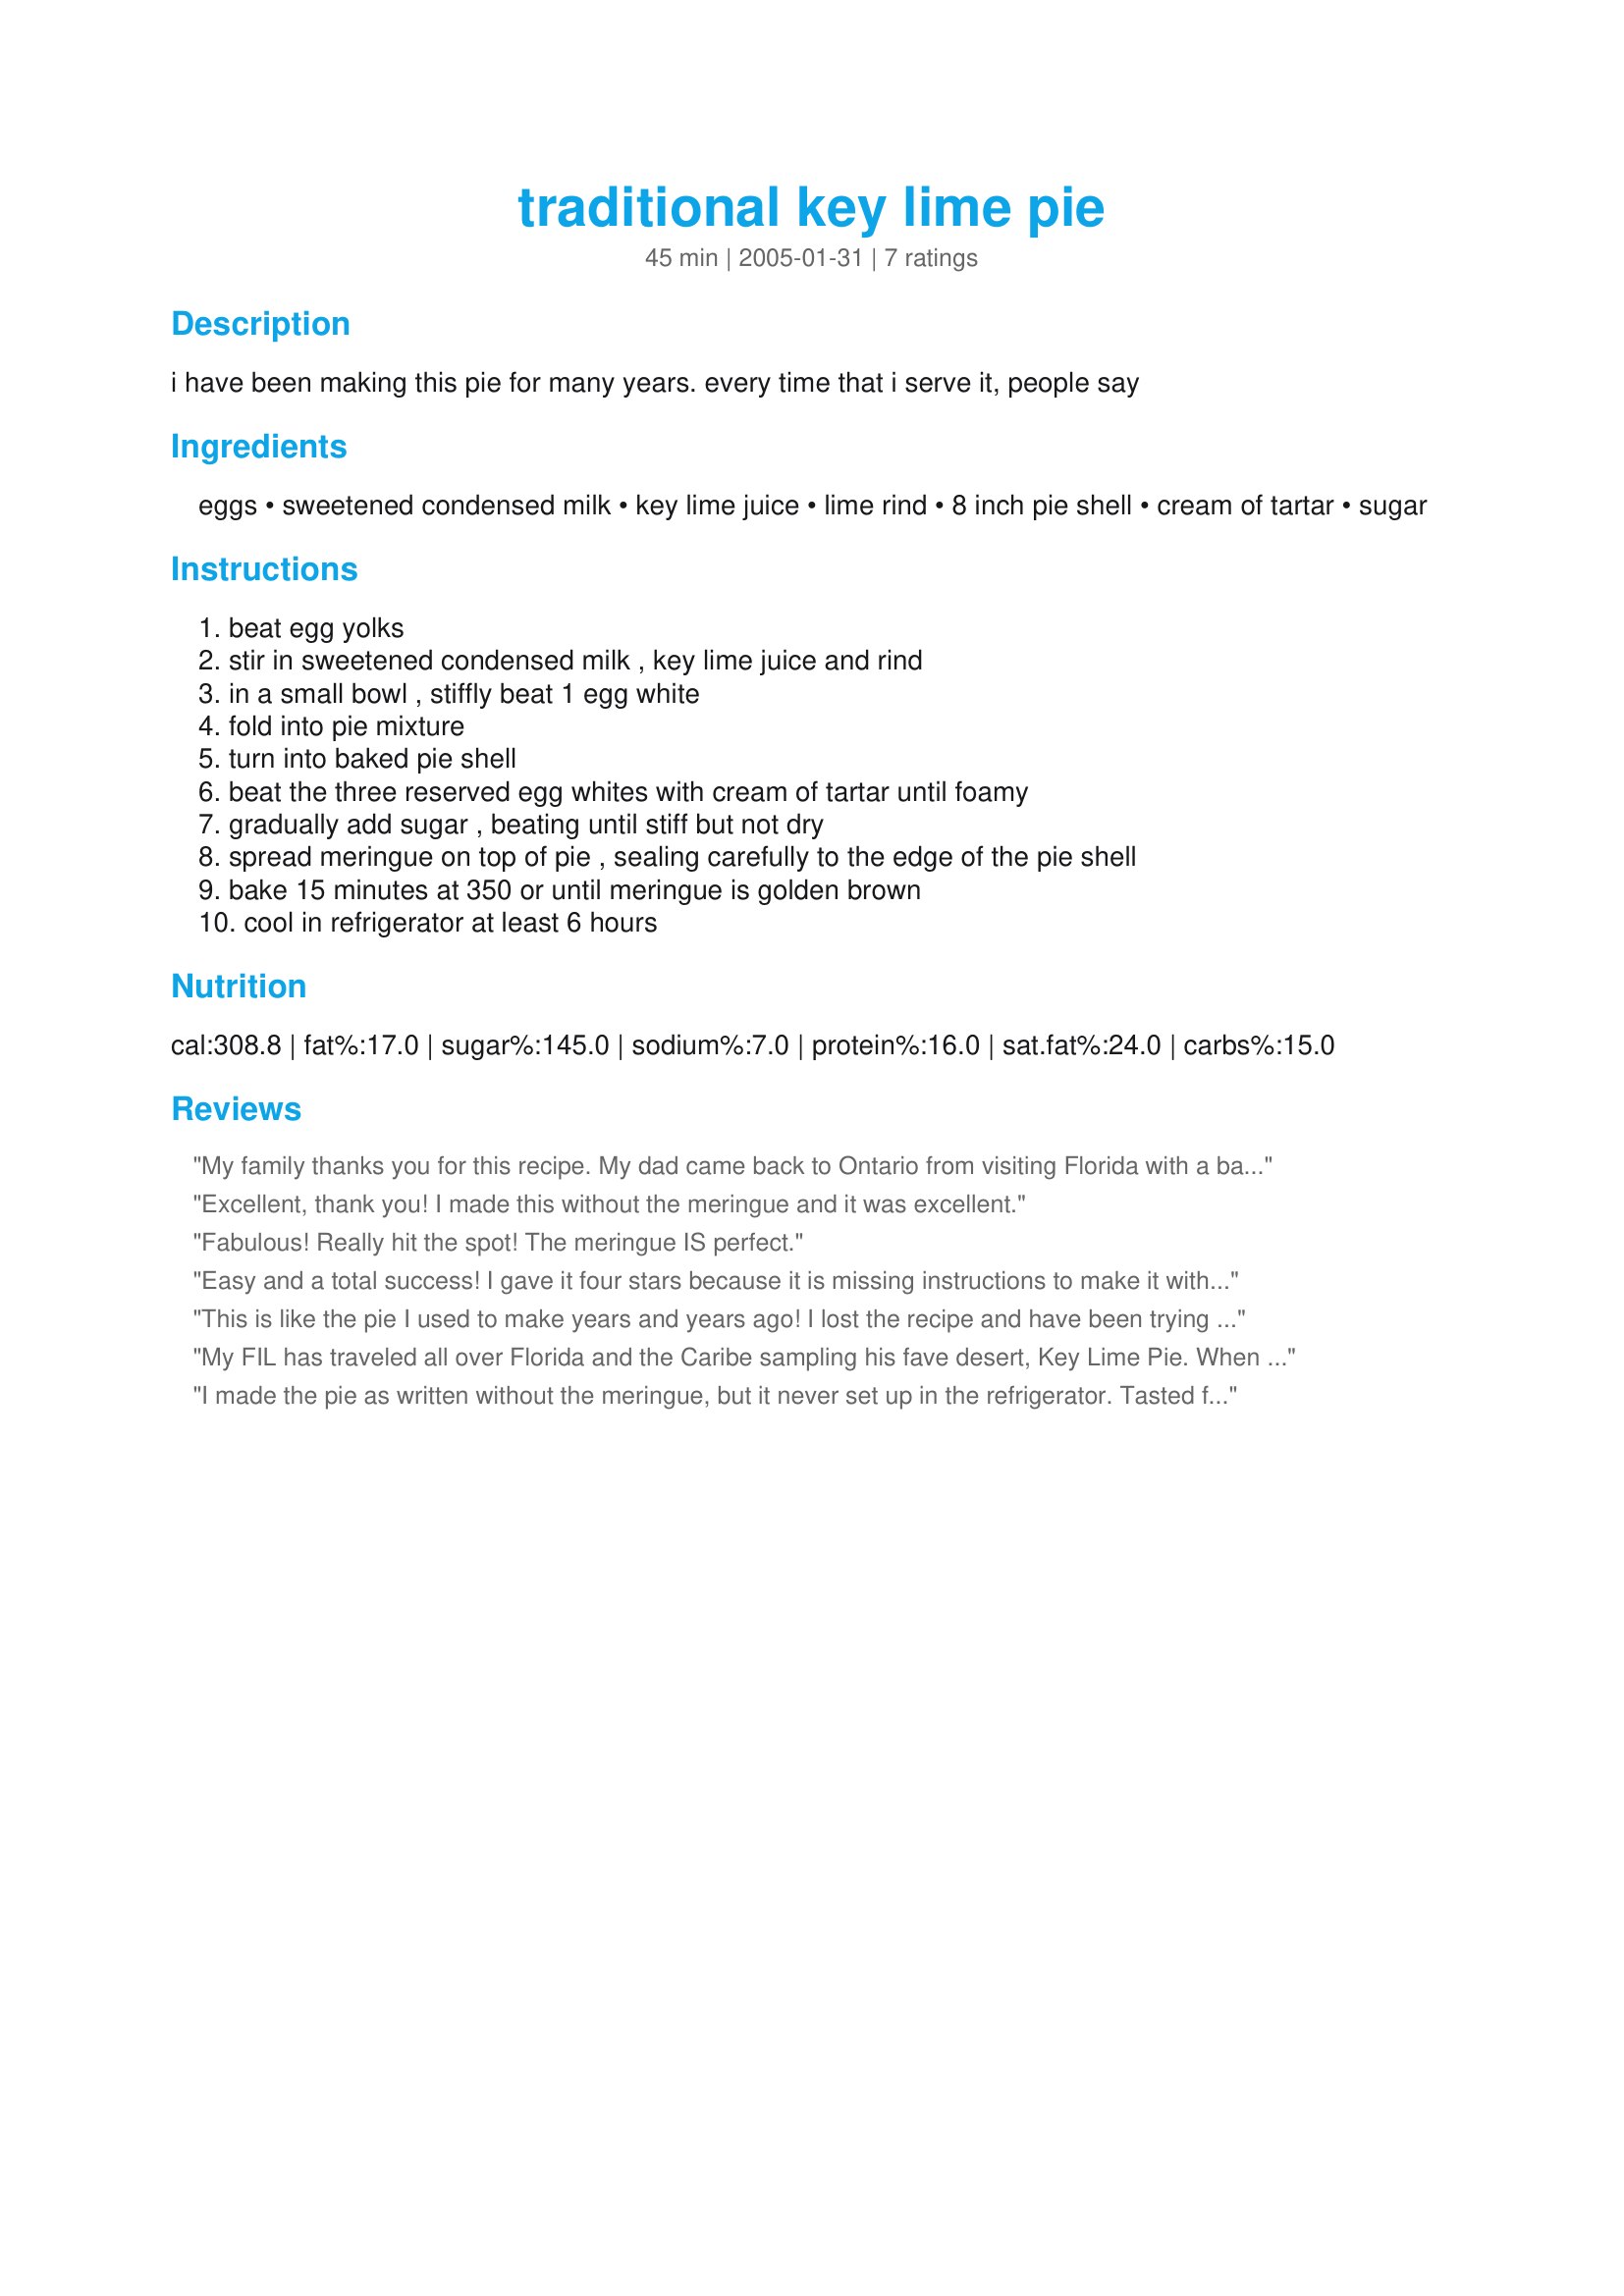
traditional key lime pie
Preparation time: 45 minutes

i have been making this pie for many years. every time that i serve it, people say

Ingredients:
eggs, sweetened condensed milk, key lime juice, lime rind, 8 inch pie shell, cream of tartar, sugar

Steps:
beat egg yolks, stir in sweetened condensed milk , key lime juice and rind, in a small bowl , stiffly beat 1 egg white, fold into pie mixture, turn into baked pie shell, beat the three reserved egg whites with cream of tartar until foamy, gradually add sugar , beating until stiff but not dry, spread meringue on top of pie , sealing carefully to the edge of the pie shell, bake 15 minutes at 350 or until meringue is golden brown, cool in refrigerator at least 6 hours

Reviews:
My family thanks you for this recipe. My dad came back to Ontario from visiting Florida with a bag of keylimes and couldn't wait for a key lime pie. I made this for him tonight and he really, really enjoyed it! It was very easy to make. I used a graham/oat crust #32495 to give it some extra sweetness. The crust was good. I think i'll stick to the traditional crust next time I get an imported bag of key limes. Thanks again!
Excellent, thank you! I made this without the meringue and it was excellent.
Fabulous! Really hit the spot! The meringue IS perfect.
Easy and a total success! I gave it four stars because it is missing instructions to make it without the meringue, so I had to figure that on my own.
This is like the pie I used to make years and years ago! I lost the recipe and have been trying those other versions which are good, but THIS is the one. I've made a couple in the last few days and will be making a third for Thanksgiving - picked up another bag of key limes today just for this! Once you have this pie, the others are missing "something". Lovely intensity if you enjoy the Key Lime. I also now use eggs from my very free chickens which are so rich, the custard is even better. Every bite's a treat. Thank you so much, Big Cheese!
My FIL has traveled all over Florida and the Caribe sampling his fave desert, Key Lime Pie. When we were last in Key West I picked up a bottle of Kermit's Key Lime juice and it is WAY better than your average bottled reconstituted lime juice found at the grocery. This is the second recipe I've tried and he says I now have the right one. He happily went back for seconds last night. Thanks for helping me make his desert day! I didn't do the meringue because our family is not into that, but we did have a bit of whipped cr&egrave;me on top.
I made the pie as written without the meringue, but it never set up in the refrigerator. Tasted fine, but it was closer to pudding than pie.
